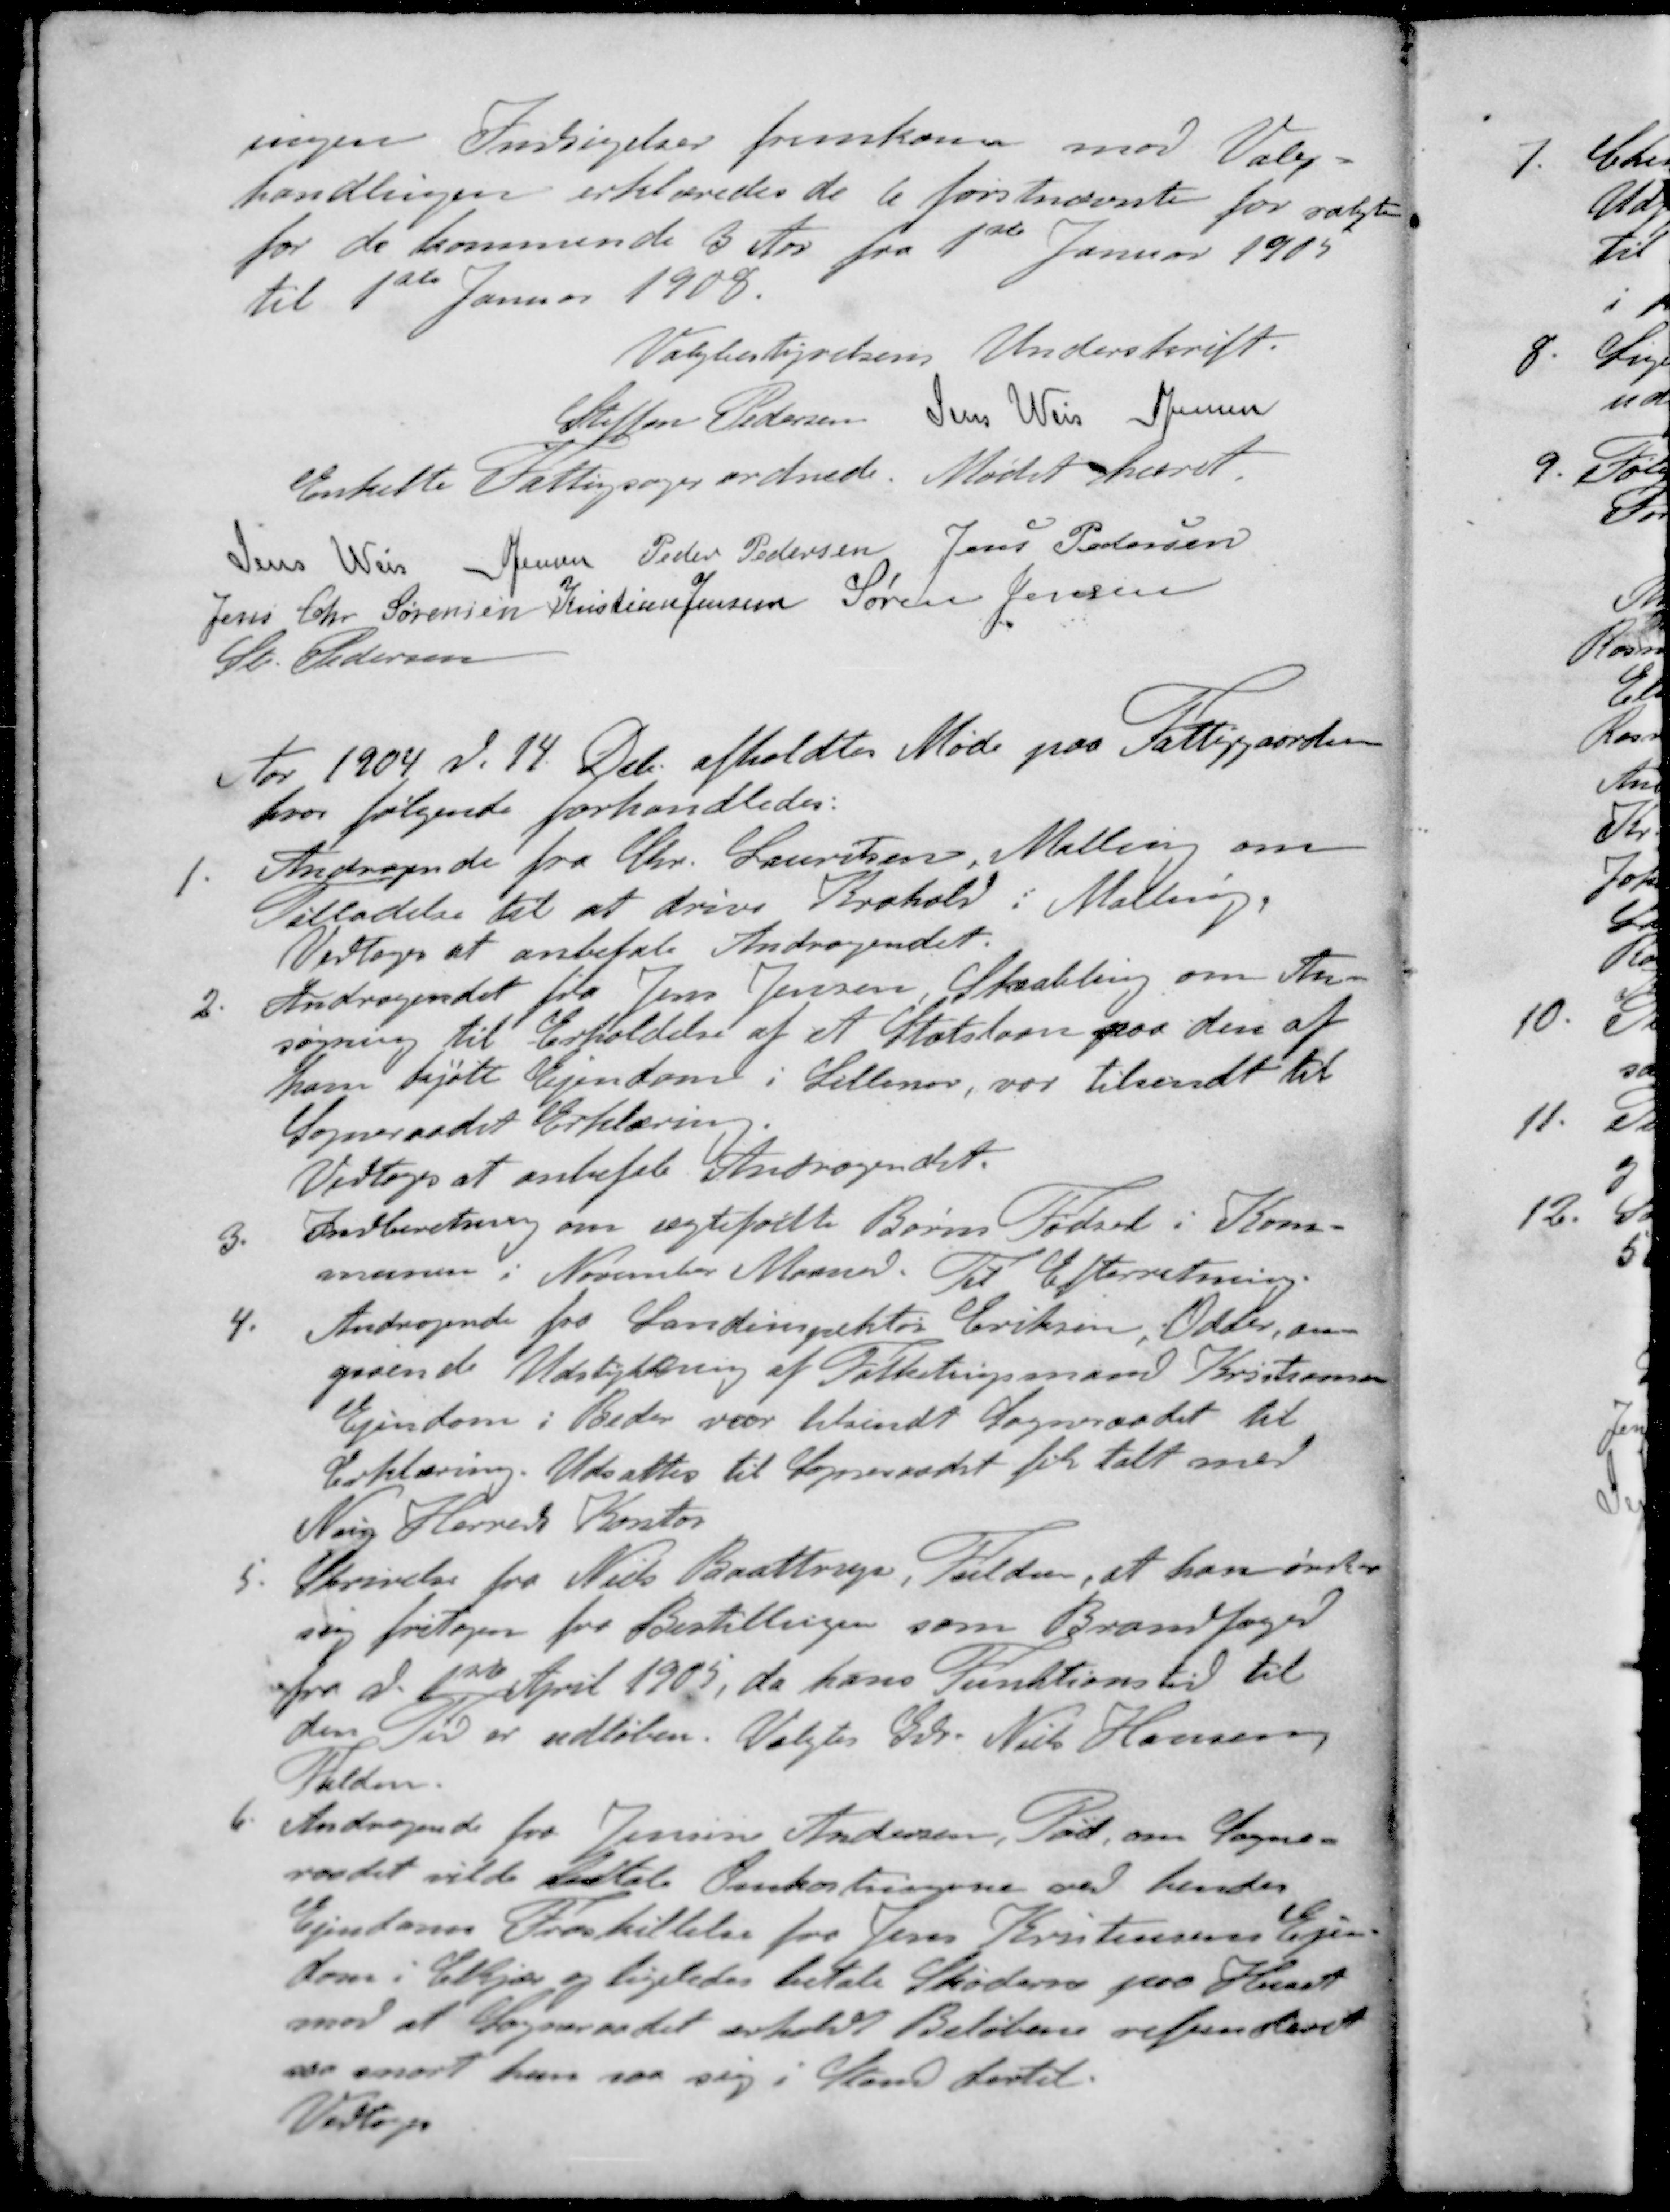
Transskription:
ingen Indsigelser fremkom mod Valg-
handlingen erklæredes de 6 førstnævnte for valgte
for de kommende 3 Aar fra 1ste Januar 1905
til 1ste Januar 1908.
Valgbestyrelsens Underskrift.
Steffen Pedersen Jens Weis S Jensen
Enkelte Fattigsager ordnede. Mødet hævet.
Jens Weis
S Jensen
Peder Pedersen
Jens Pedersen
Jens Chr Sørensen
Kristian Jensen
Søren Jensen
St Pedersen
Aar 1904 d. 14 Dcb. afholdtes Møde paa Fattiggaarden
hvor følgende forhandledes:
1. Andragende fra Chr. Lauritsen, Malling om
Tilladelse til at drive Krohold i Malling,
Vedtoges at anbetale Andragendet.
2. Andragendet fra Jens Jensen Skaabling om An-
søgning til Erholdelse af et Statslaan paa den af
ham kjøbt Ejendom i Lillenor, var tilsendt til 
Sogneraadet Erklæring
Vedtoges at anbefale Andragendet.
3.  Indberetning om ægtefødte Børns Fødsel i Kom-
munen i November Maaned. Til Efterretning.
4. Andragende fra Landinspektør Eriksen, Odder, an-
gaaende Udstykning af Folketingsmand Kristiansen
Ejendom i Beder var tilsendt Sogneraadet til
Erklæring. Udsattes til Sogneraadet fik talt med
Ning Herreds Kontor
5. Skrivelse fra Niels Baattrup Fulden, at han ønsker
sig fritagen for Bestillingen som Brandfoged
fra d. 1ste April 1905, da hans Funktionstid til
den Tid er udløben. Valgtes Gdr. Niels Hansen
Fulden.
6. Andragende fra Jensine Andersen, Pøel, om Sogne-
raadet vilde betale Omkostningerne ved hendes
Ejendoms Fraskillelse for Jens Kristensens Ejen-
dom i Elkjær og ligeledes betale Skøderne paa Huset
mod at Sogneraadet erholdt Beløbene refunderet
 snart han saa sig i Stand dertil.
Vedtoges